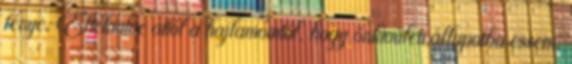
fénye. Eltekintve attól a hajlamomtól, hogy önkívületi állapotba essem,